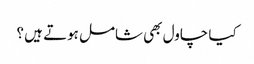
کیا چاول بھی شامل ہوتے ہیں ؟